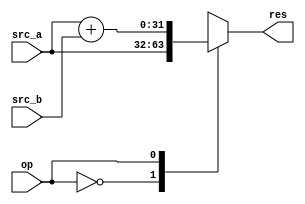
module alu 
(
 input [31:0] src_a,
 input [31:0] src_b,
 input op,
 output reg [31:0] res
);

always @(*) begin
	case(op)
		1'b0: res = src_a;
		1'b1: res = src_a + src_b;
	endcase
end
endmodule